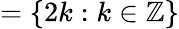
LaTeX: =\{ 2k:k\in\mathbb{Z}\}